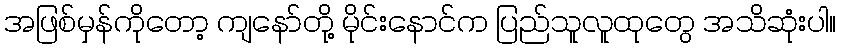
အဖြစ်မှန်ကိုတော့ ကျနော်တို့ မိုင်းနောင်က ပြည်သူလူထုတွေ အသိဆုံးပါ။